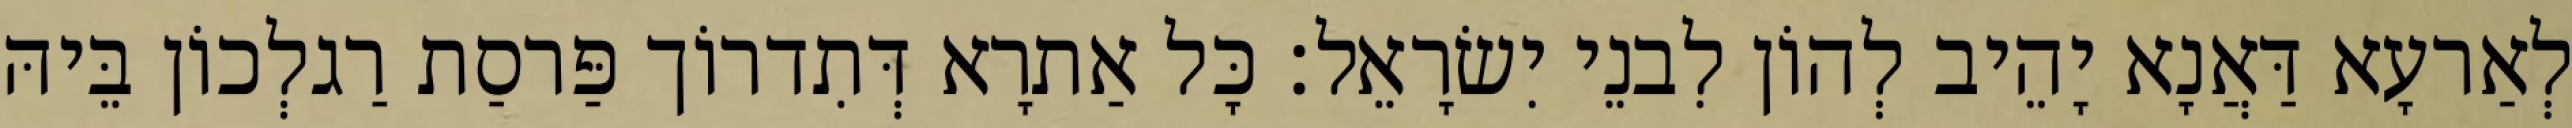
לְאַרעָא דַּאֲנָא יָהֵיב לְהוֹן לִבנֵי יִשׂרָאֵל׃ כָּל אַתרָא דְּתִדרוֹך פַּרסַת רַגלְכוֹן בֵּיהּ